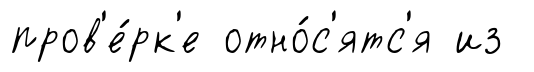
пров'е́рк'е отно́с'ятс'я из